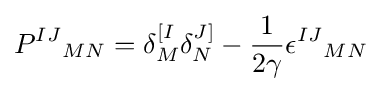
{P^{IJ}}_{MN}=\delta _{M}^{[I}\delta _{N}^{J]}-{1 \over 2\gamma }{\epsilon ^{IJ}}_{MN}